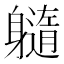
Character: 𲄭